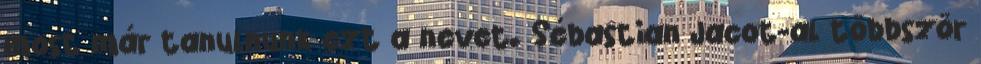
most már tanulnunk ezt a nevet. Sébastian Jacot-al többször